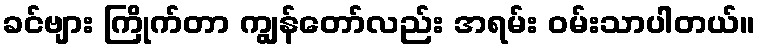
ခင်ဗျား ကြိုက်တာ ကျွန်တော်လည်း အရမ်း ဝမ်းသာပါတယ်။